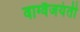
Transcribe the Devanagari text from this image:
वाग्वैजयंती